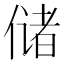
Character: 储